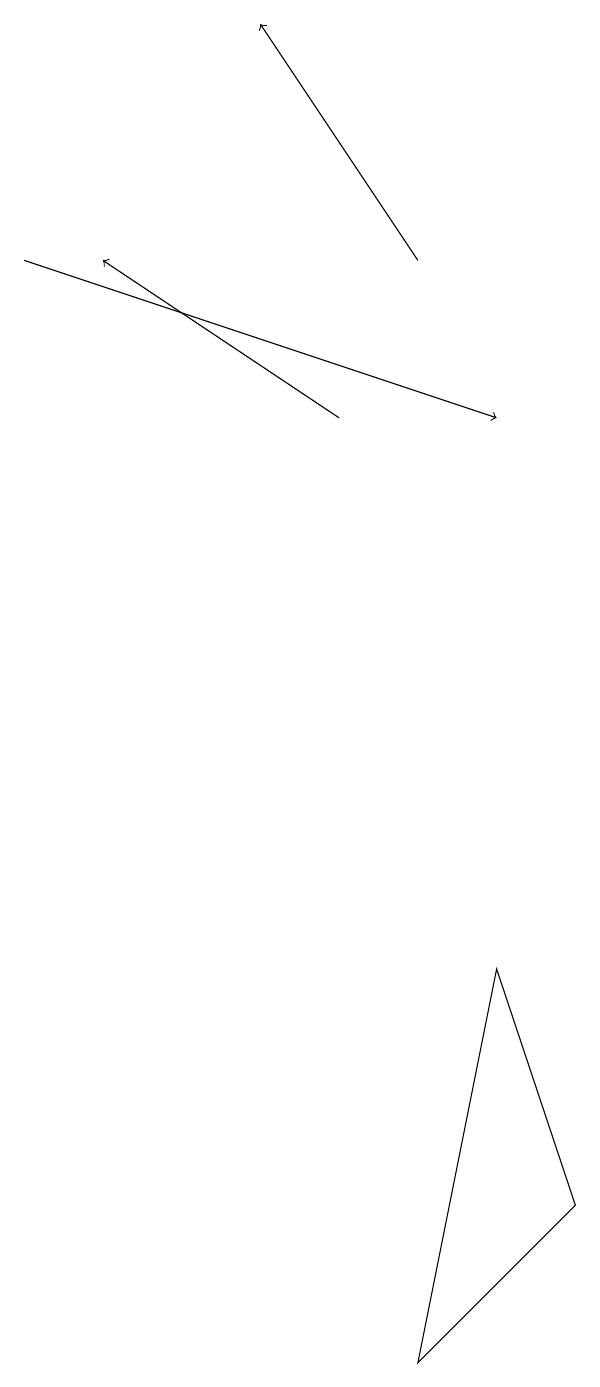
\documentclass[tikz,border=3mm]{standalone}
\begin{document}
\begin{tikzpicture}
\draw[->] (2,14) -- (8,12);
\draw (9,2) -- (8,5) -- (7,0) -- cycle;
\draw[->] (6,12) -- (3,14);
\draw[->] (7,14) -- (5,17);
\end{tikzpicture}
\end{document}